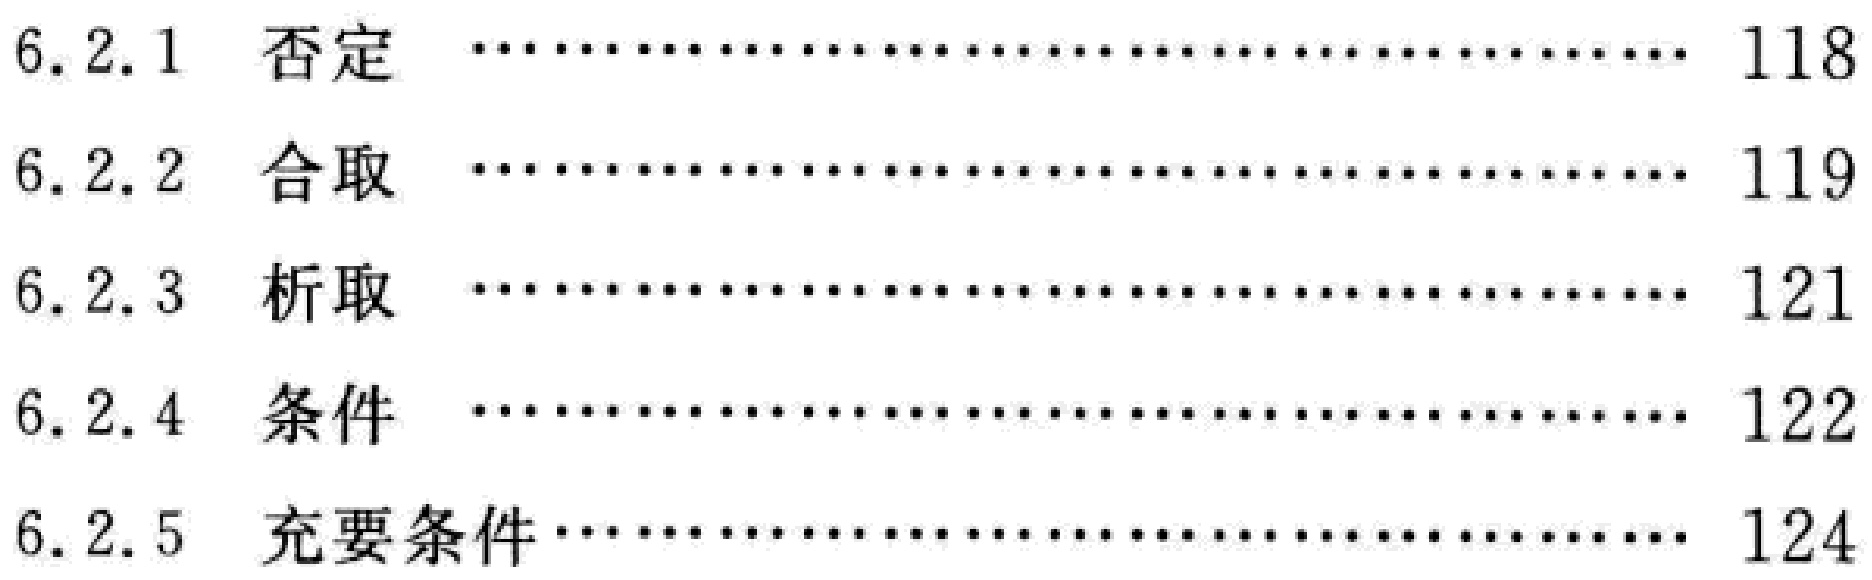
\begin{enumerate}[label=6.2.\arabic*]

    \item 否定 \hfill 118

    \item 合取 \hfill 119

    \item 析取 \hfill 121

    \item 条件 \hfill 122

    \item 充要条件 \hfill 124

\end{enumerate}